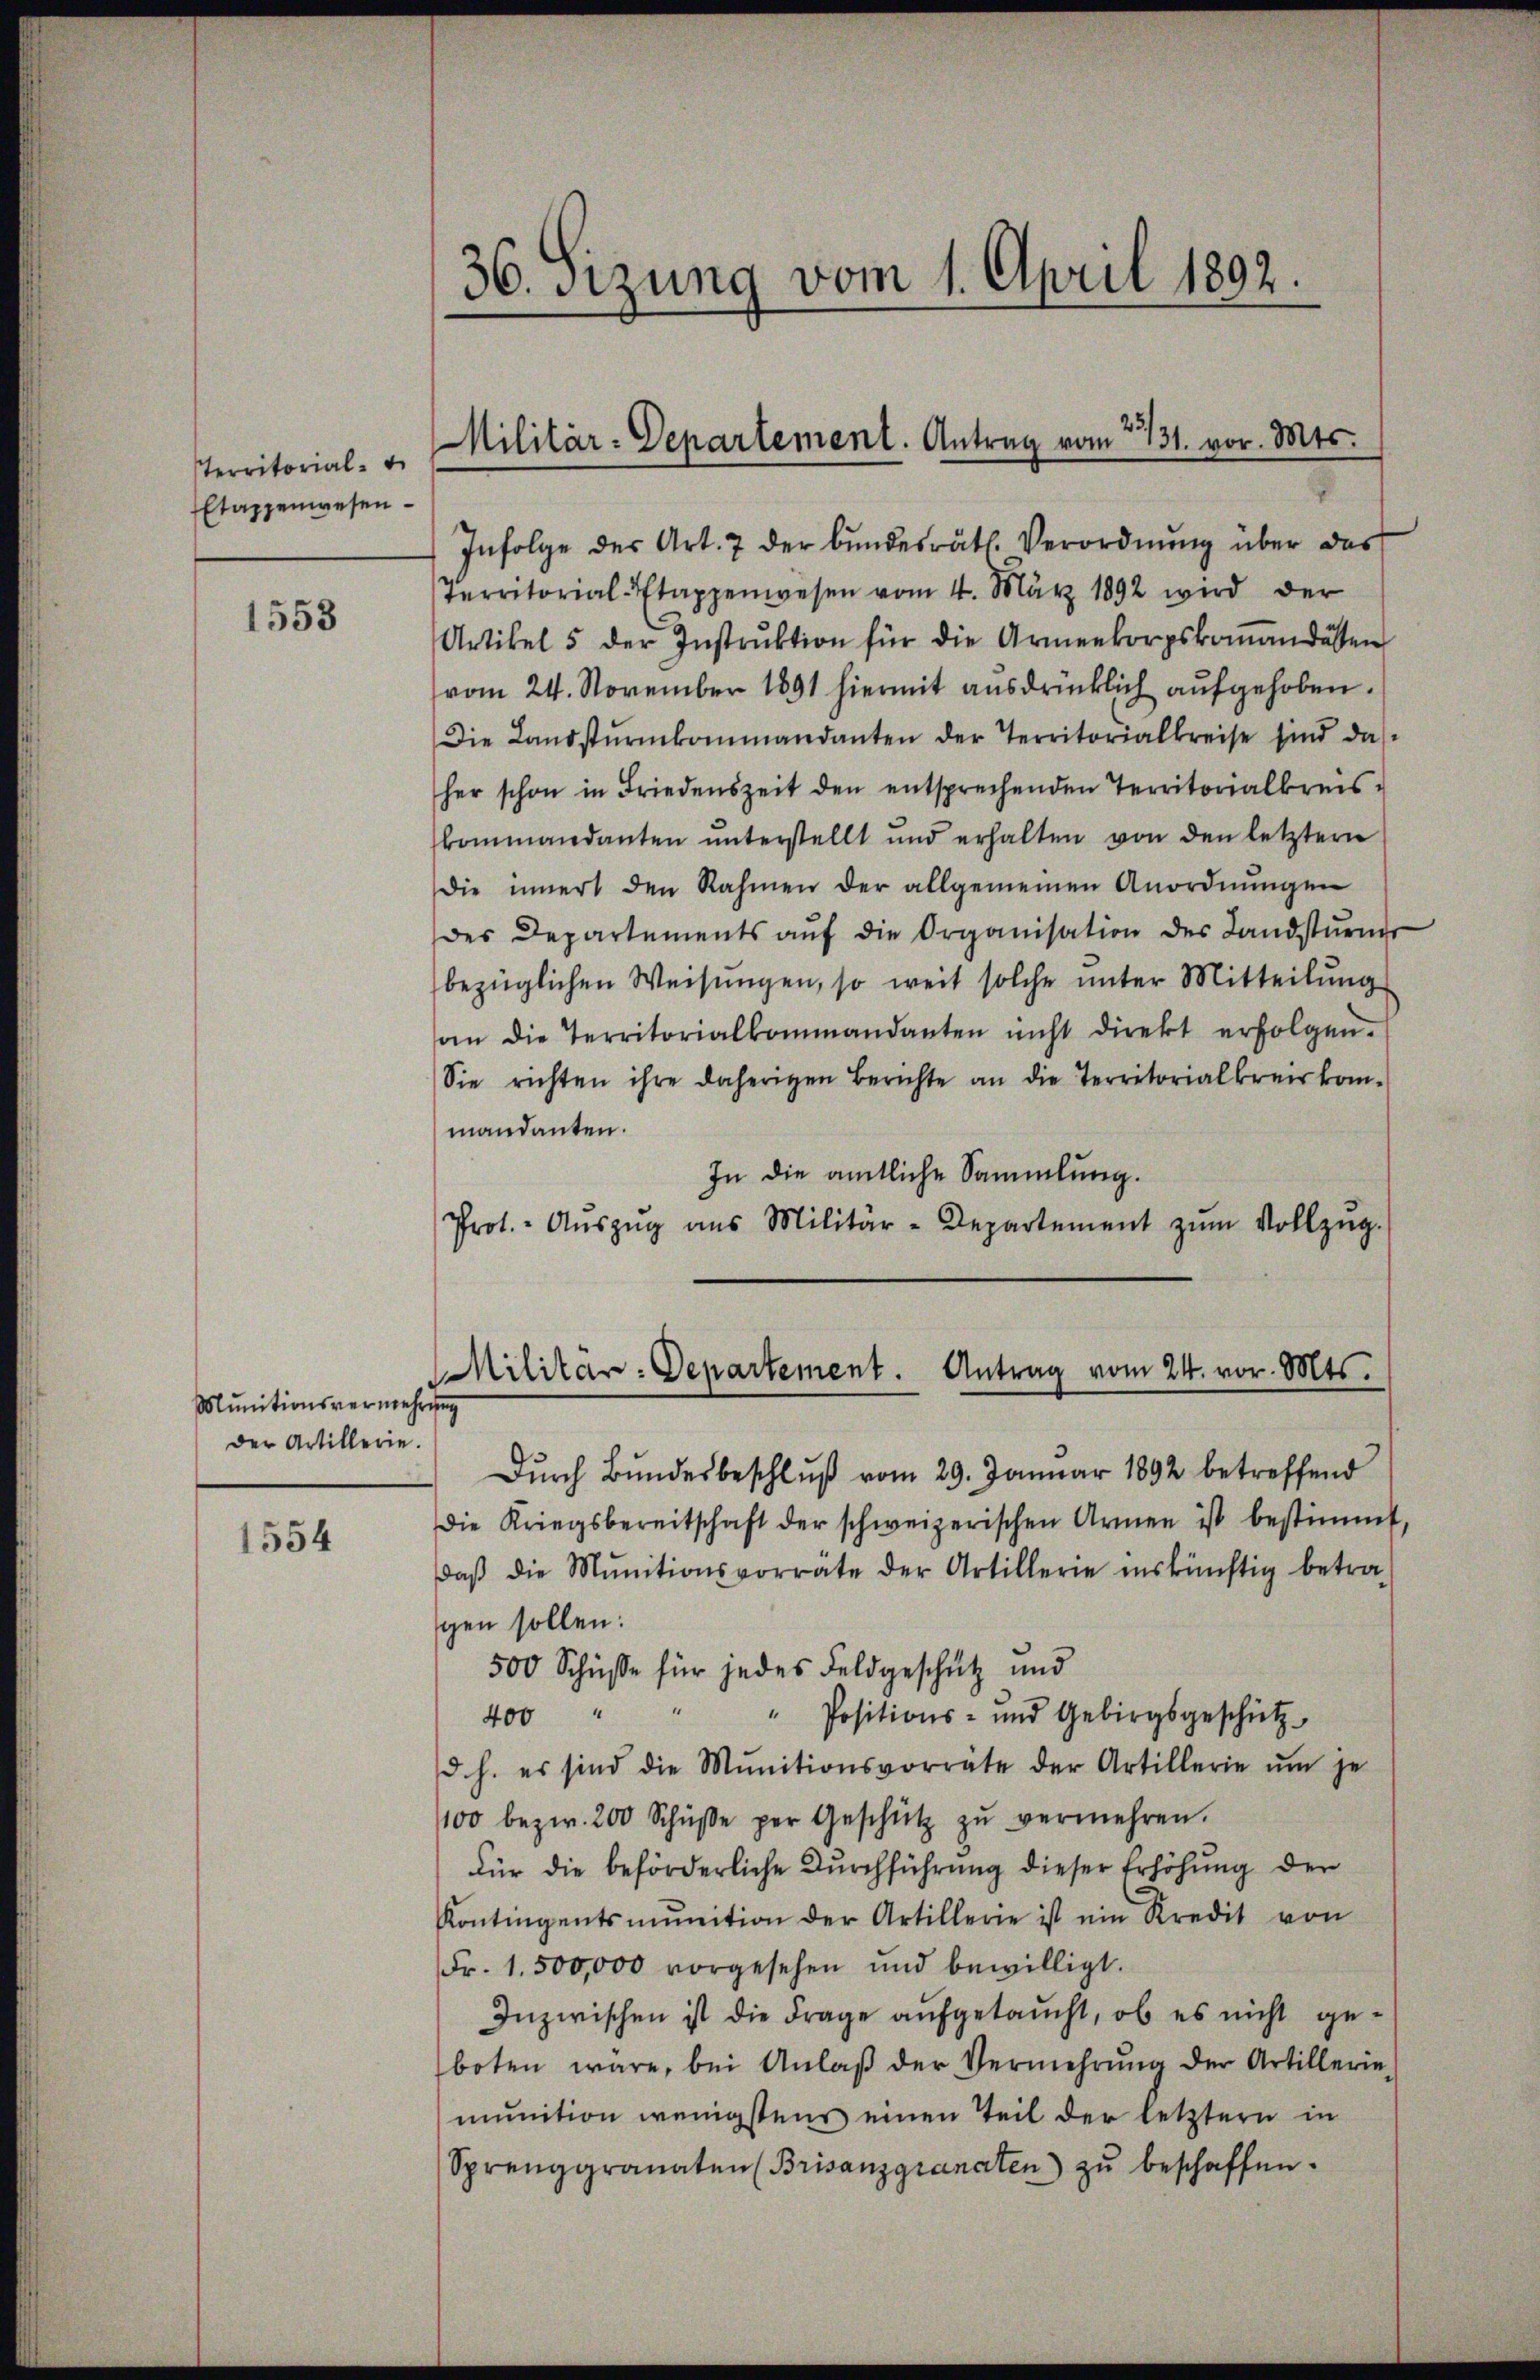
sterritorial-
Etappenwesen

1553

Munitionsvermehrung
der Artillerie.

1554

36. Sizung vom 1. April 1892.

Infolge des Art. 7 der Bŭndesrätl. Verordnŭng über das
Territorial-Etappenwesen vom 4. März 1892 wird der
Artikel 5 der Instrŭktion für die Armeekorpskomandessen
vom 24. November 1891 hiermit ausdrücklich aufgehoben.
Die Landstŭrmkommandanten der Territorialkreise sind das
her schon in Friedenszeit den entsprechenden Territorialkreis-
kommandanten ŭnterstellt und erhalten von den letztern
die innert den Rahmen der allgemeinen Anordnŭngen
des Departements aŭf die Organisation des Landstŭrner
bezüglichen Weisŭngen, so weit solche ŭnter Mitteilŭng
an die Territorialkommandanten nicht direkt erfolgen.
Sie richten ihre daherigen Berichte an die Territorialkreiskom-
mandanten.
In die amtliche Sammlung.
Prot. Aŭszŭg ans Militär-Departement zŭm Vollzŭg.

Militär-Departement. Antrag vom 2131. vor. Mts.

Militär-Departement. Antrag vom 24. vor. Mts.

Dŭrch Bundesbeschlŭβ vom 29. Januar 1892 betreffend
dDie Kriegsbereitschaft der schweizerischen Armen ist bestimmt,
daβ die Munitionsvorrate der Artillerie inskünftig betra-
gen sollen:
500 Schüsse für jedes Feldgeschütz und
" Positions- und Gebirgsgeschütz-
400
d. h. es sind die Munitionsvorräte der Artillerie ŭm je
100 bezw. 200 Schŭβe per Geschütz zŭ vermehren.
Für die beförderliche Durchführung dieser Erhöhung der
Kontingentsmŭntion der Artillerie ist ein Kredit von
Fr. 1. 500,000 vorgesehen und bewilligt.
Inzwischen ist die Frage aufgetaucht, ob es nicht geboten wäre, bei Anlaβ der Vermehrŭng der Artillerie
munition wenigstens einen Teil der letztern in
Sprenggranaten (Brisanzgranaten zŭ beschaffen.